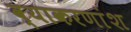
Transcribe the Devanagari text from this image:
व्याकरणांश